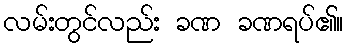
လမ်းတွင်လည်း ခဏ ခဏရပ်၏။